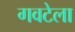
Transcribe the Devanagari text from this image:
गवटेला